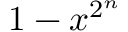
1 - x ^ { 2 ^ { n } }